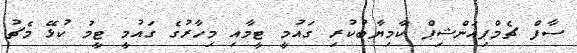
ސާފް ޗެމްޕިއަންޝިޕް ކާމިޔާބުކުރި ގައުމީ ޓީމާއި މިހާރުގެ ގައުމީ ޓީމު ކުޅޭ މެޗު